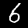
Digit: 6